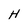
Character: H